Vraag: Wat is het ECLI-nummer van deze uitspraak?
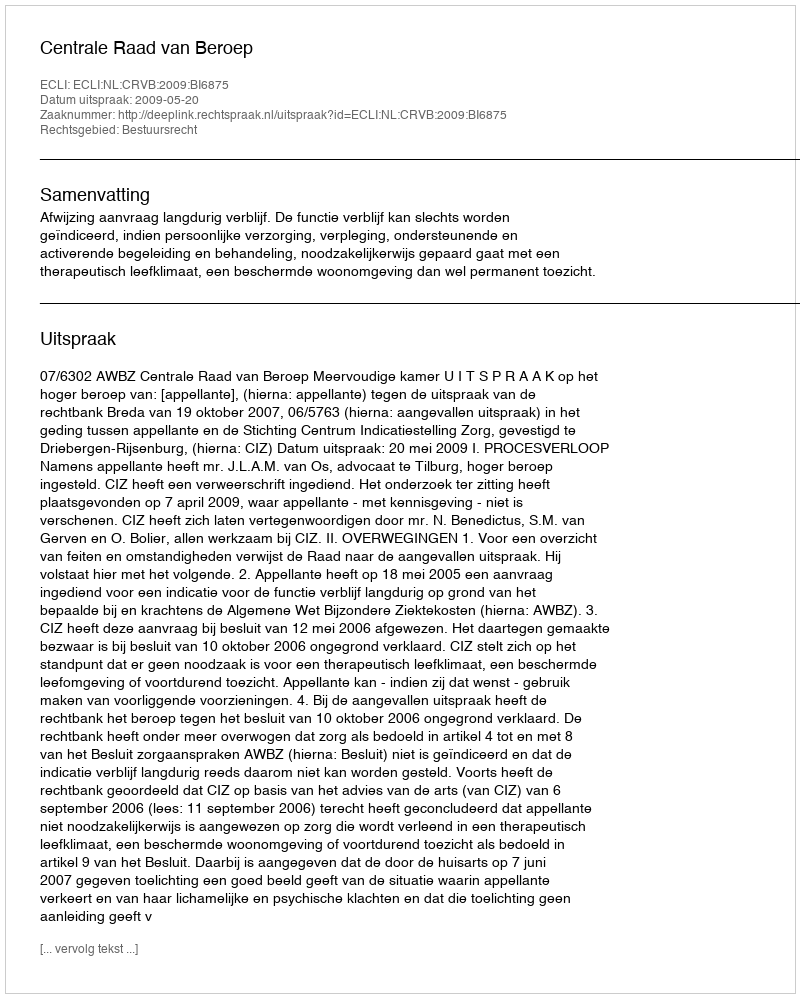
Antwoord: ECLI:NL:CRVB:2009:BI6875